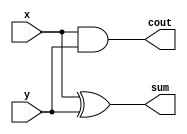
module halfAdder(x, y, sum, cout);
	input x, y;
	output sum, cout;
	and(cout, x, y);
	xor(sum, x, y);
endmodule